Observations on rabies - Number 36
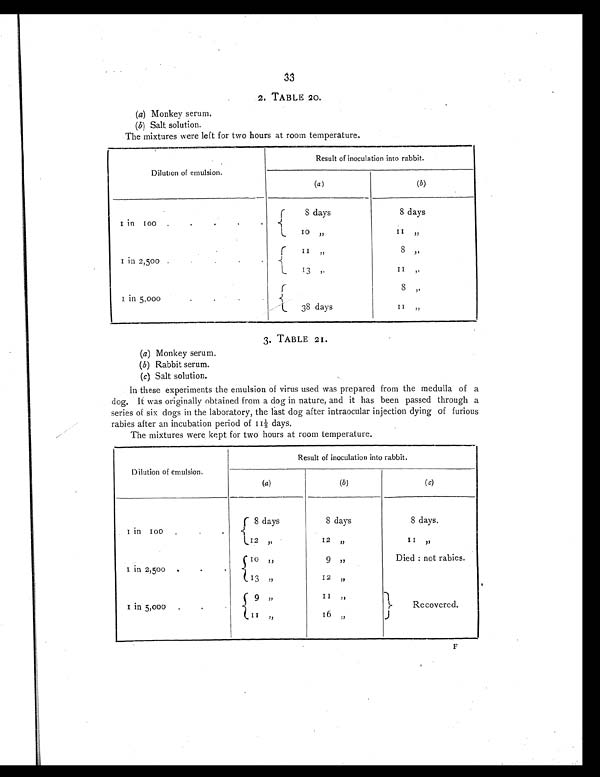
33
2. TABLE 20.
(a) Monkey serum.
(b) Salt solution.
The mixtures were left for two hours at room temperature.
Dilutton of emulsion.
Result of inoculation into rabbit.
(a )
(b)
1 in 100 .
.
.
8 days
8 days
10 „
1 1 „
1 i n 2 , 5 0 0
.
.
11 ,,
8 ,,
3 „
1 1 „
1 i n 5 , 0 0 0
.
8
„
38 days
11 „
3. TABLE 21.
(a) M o n k e y s e r u m .
(b) R a b b i t s e r u m .
(c) Salt solution.
In these experiments the emulsion of virus used was prepared from the medulla of a
dog. It was originally obtained from a dog in nature, and it has been passed through a
series of six dogs in the laboratory, the last dog after intraocular injection dying of furious
rabies after an incubation period of 11½ days.
The mixtures were kept for two hours at room temperature.
D i l u t i o n o f e m u l s i o n .
Result of inoculation into rabbit.
(a)
(b)
( c)
1 in 100 .
.
.
8 days
8 days
8 days.
12 ,,
12 „
1 1 „
1 i n 2 , 5 0 0
. .
10 „
9
„
Died : not rabies.
13 „ 12
„
1 in 5,000.
.
9 „11 „
Recovered.
11 ,,
16 ,,